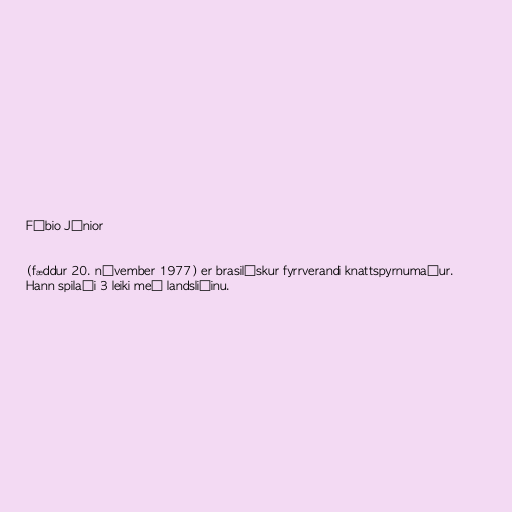
Fábio Júnior

(fæddur 20. nóvember 1977) er brasilískur fyrrverandi knattspyrnumaður.
Hann spilaði 3 leiki með landsliðinu.